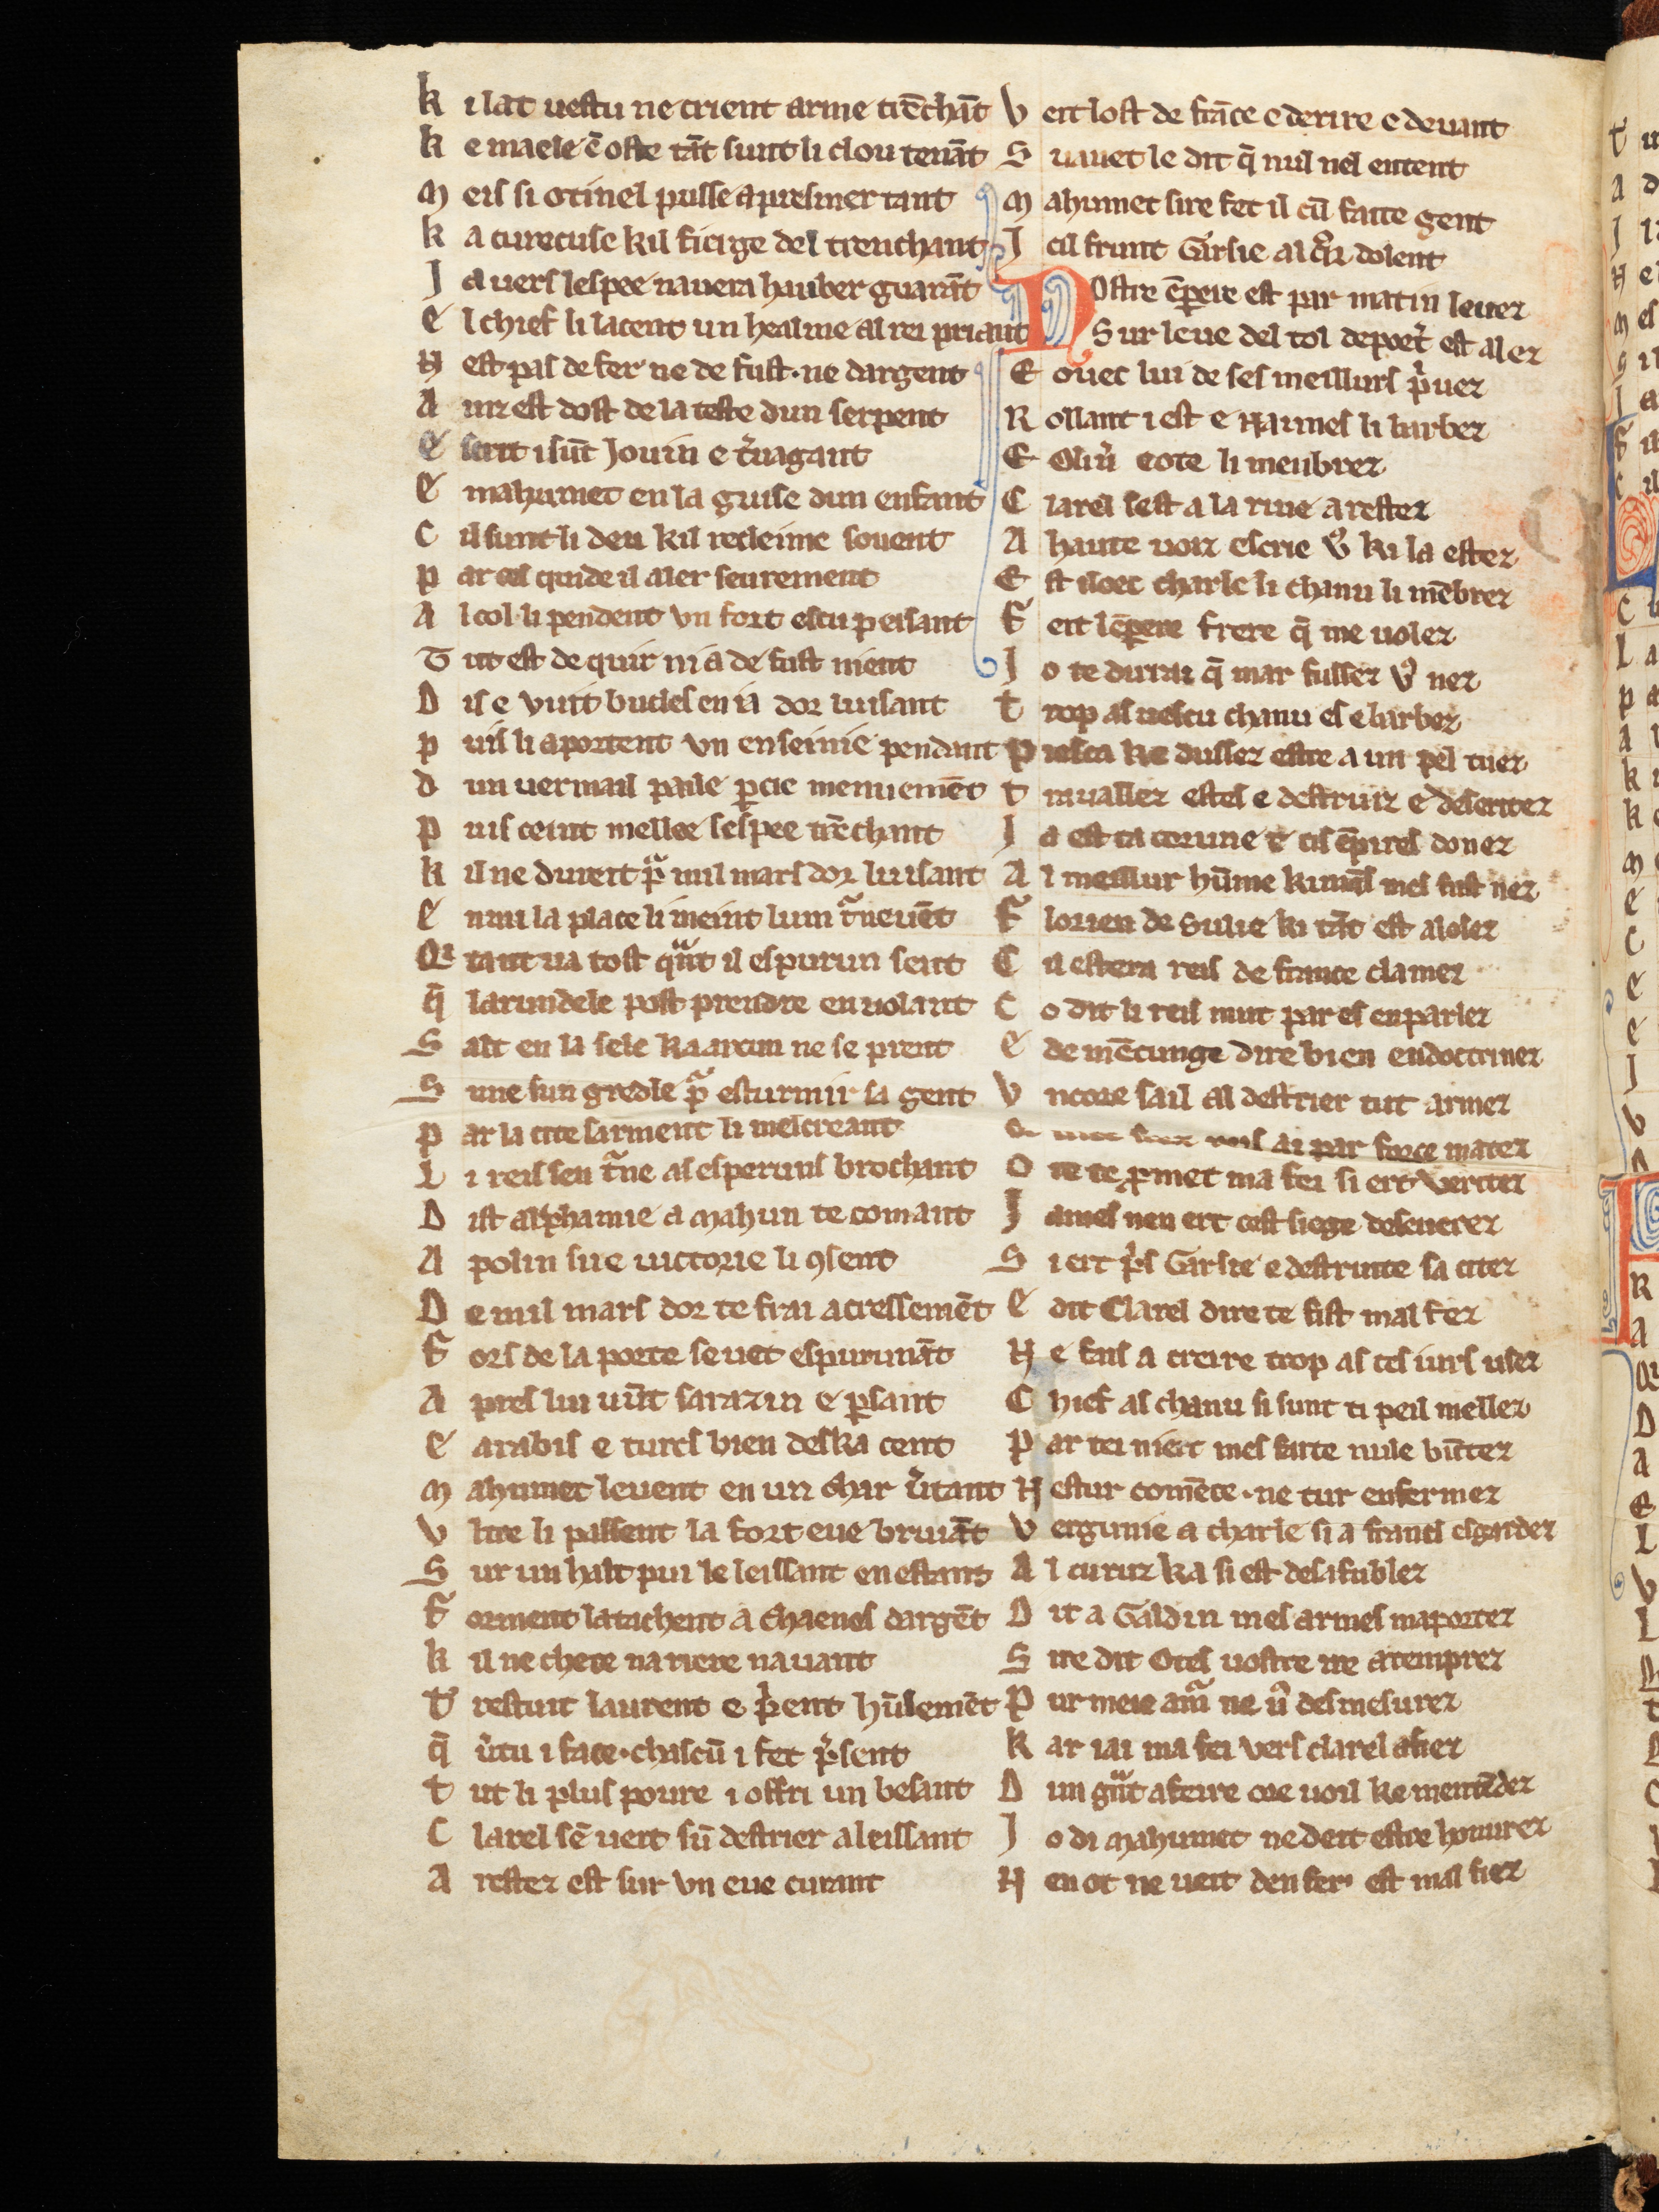
Shelfmark: Cologne, Bodmer, 168
Century: 13